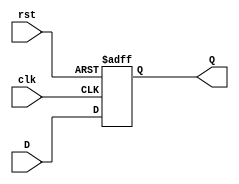
module Reg_AT(
 input	wire 	[17:0] 	 D,
 input	wire			 clk,rst,
 output reg 	[17:0] 	 Q
 );

 always @(posedge clk or negedge rst)
  begin
   if (!rst)
   	Q<=0;
   else 
   	Q<=D;
  end		
endmodule